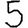
Digit: 5